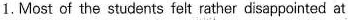
1. Most of the students felt rather disappointed at